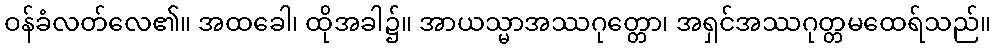
ဝန်ခံလတ်လေ၏။ အထခေါ၊ ထိုအခါ၌။ အာယသ္မာအဿဂုတ္တော၊ အရှင်အဿဂုတ္တမထေရ်သည်။